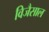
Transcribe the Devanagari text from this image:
विजैसाल